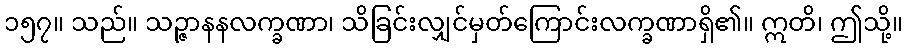
၁၅၇။ သည်။ သဉ္ဇာနနလက္ခဏာ၊ သိခြင်းလျှင်မှတ်ကြောင်းလက္ခဏာရှိ၏။ ဣတိ၊ ဤသို့။